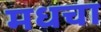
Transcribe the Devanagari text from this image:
मधचा